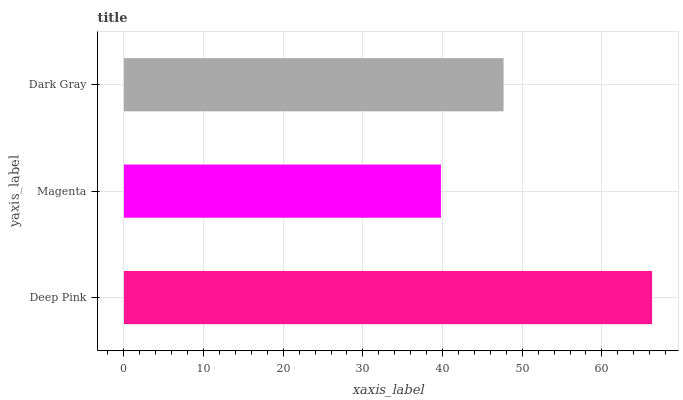
| yaxis_label | bars |
 | --- | --- |
 | Deep Pink | 66.3 |
 | Magenta | 39.8 |
 | Dark Gray | 47.7 |